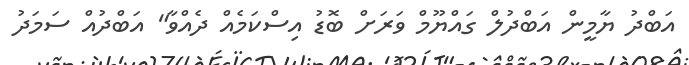
އަބްދު ޔާމީން އަބްދުލް ގައްޔޫމް ވަރަށް ބޮޑު އިސްކަމެއް ދެއްވާ" އަބްދުއް ސަމަދު